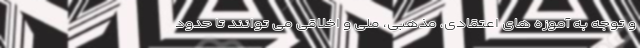
و توجه به آموزه های اعتقادی، مذهبی، ملی و اخلاقی می توانند تا حدود